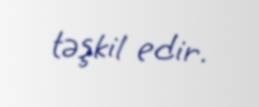
təşkil edir.